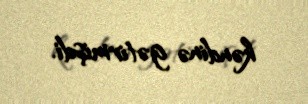
kəndinə gətirmişdi.